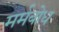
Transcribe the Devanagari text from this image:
मर्मबोध